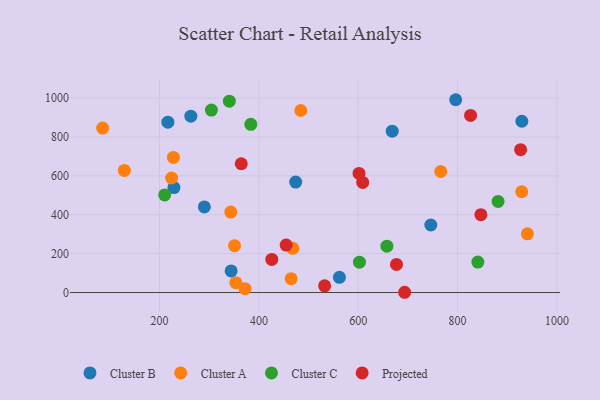
{"axis": {"x": "Engine Size", "y": "Rating"}, "legend": ["Cluster A", "Cluster B", "Cluster C", "Projected"], "data": [{"x": "263.0", "y": 907.3, "type": "Cluster B"}, {"x": "796.2", "y": 991.8, "type": "Cluster B"}, {"x": "668.4", "y": 830.2, "type": "Cluster B"}, {"x": "562.1", "y": 78.0, "type": "Cluster B"}, {"x": "344.1", "y": 111.2, "type": "Cluster B"}, {"x": "474.1", "y": 568.4, "type": "Cluster B"}, {"x": "290.2", "y": 440.5, "type": "Cluster B"}, {"x": "228.9", "y": 539.8, "type": "Cluster B"}, {"x": "929.4", "y": 881.1, "type": "Cluster B"}, {"x": "746.1", "y": 347.3, "type": "Cluster B"}, {"x": "216.8", "y": 876.5, "type": "Cluster B"}, {"x": "372.1", "y": 19.8, "type": "Cluster A"}, {"x": "464.9", "y": 71.1, "type": "Cluster A"}, {"x": "940.5", "y": 301.8, "type": "Cluster A"}, {"x": "766.0", "y": 622.7, "type": "Cluster A"}, {"x": "224.3", "y": 589.2, "type": "Cluster A"}, {"x": "353.6", "y": 50.8, "type": "Cluster A"}, {"x": "227.9", "y": 694.9, "type": "Cluster A"}, {"x": "468.3", "y": 227.4, "type": "Cluster A"}, {"x": "484.3", "y": 936.5, "type": "Cluster A"}, {"x": "929.2", "y": 518.3, "type": "Cluster A"}, {"x": "129.1", "y": 627.9, "type": "Cluster A"}, {"x": "343.4", "y": 413.7, "type": "Cluster A"}, {"x": "85.4", "y": 846.2, "type": "Cluster A"}, {"x": "351.0", "y": 241.0, "type": "Cluster A"}, {"x": "881.5", "y": 468.9, "type": "Cluster C"}, {"x": "602.4", "y": 156.3, "type": "Cluster C"}, {"x": "210.3", "y": 502.3, "type": "Cluster C"}, {"x": "340.5", "y": 984.4, "type": "Cluster C"}, {"x": "304.4", "y": 938.7, "type": "Cluster C"}, {"x": "657.7", "y": 238.6, "type": "Cluster C"}, {"x": "383.7", "y": 865.1, "type": "Cluster C"}, {"x": "840.8", "y": 156.9, "type": "Cluster C"}, {"x": "826.1", "y": 910.8, "type": "Projected"}, {"x": "364.5", "y": 662.5, "type": "Projected"}, {"x": "601.6", "y": 612.8, "type": "Projected"}, {"x": "426.0", "y": 170.3, "type": "Projected"}, {"x": "693.4", "y": 1.3, "type": "Projected"}, {"x": "677.0", "y": 144.5, "type": "Projected"}, {"x": "926.9", "y": 735.0, "type": "Projected"}, {"x": "846.9", "y": 400.4, "type": "Projected"}, {"x": "532.3", "y": 34.3, "type": "Projected"}, {"x": "454.9", "y": 244.1, "type": "Projected"}, {"x": "609.0", "y": 566.3, "type": "Projected"}]}